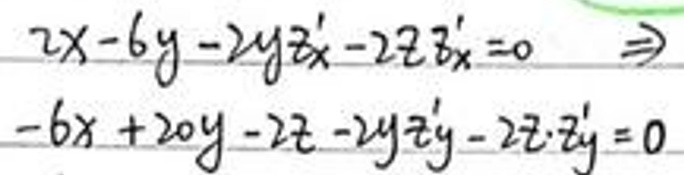
\[
2x - 6y - 2yz'_x - 2z z'_x = 0 \Rightarrow -6x + 20y - 2z - 2yz'_y - 2z z'_y = 0
\]